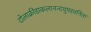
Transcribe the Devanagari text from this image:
दोलाक्रीडाकलानन्दथुपरवनिता